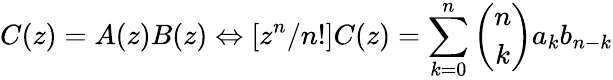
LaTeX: C(z)=A(z)B(z)\Leftrightarrow[z^{n}/n!]C(z)=\sum_{k=0}^{n}{\binom{n}{k}}a_{k}b_{n-k}